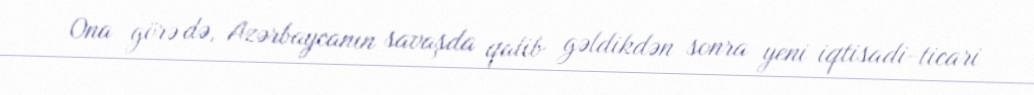
Ona görə də, Azərbaycanın savaşda qalib gəldikdən sonra yeni iqtisadi-ticari